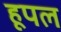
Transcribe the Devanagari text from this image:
हूपल